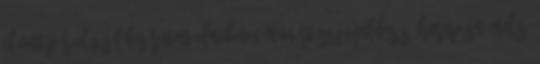
elővett pár elég jól bejáratott elmebeteg manírt szájnyaldosás, harapásmímelés,